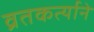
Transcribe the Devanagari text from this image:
व्रतकर्त्याने